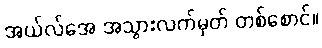
အယ်လ်အေ အသွားလက်မှတ် တစ်စောင်။